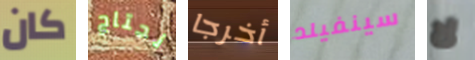
كان نحتاج أخرجا سينفيلد لا